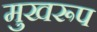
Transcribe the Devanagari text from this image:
मुखरूप